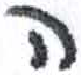
אות: ה